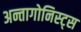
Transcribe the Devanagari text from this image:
अन्तागोनिस्ट्स